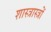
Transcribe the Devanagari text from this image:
शास्त्रास्त्रों